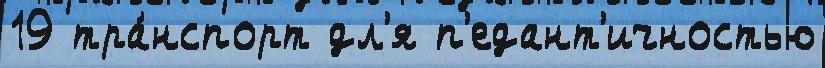
19 тра́нспорт дл'я п'едант'ичностью